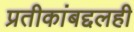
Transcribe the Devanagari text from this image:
प्रतीकांबद्दलही